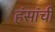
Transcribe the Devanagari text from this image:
हंसांची